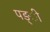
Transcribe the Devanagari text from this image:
पङ्ी